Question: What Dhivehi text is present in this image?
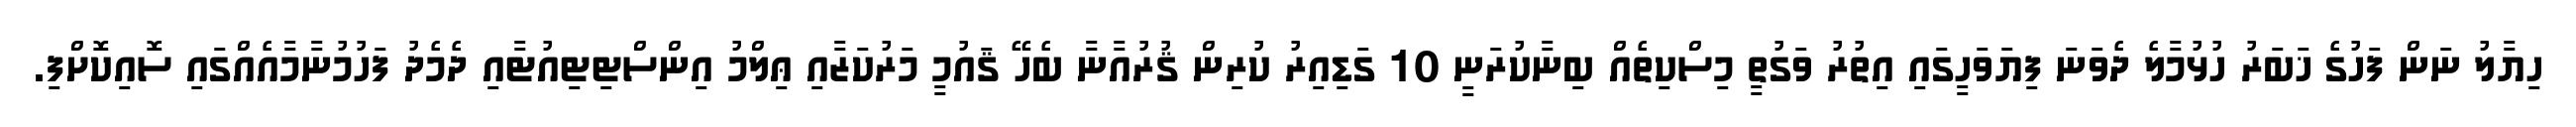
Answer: ހިޔާލު ނަން ފަހުގެ ޚަބަރު ހުޅުމާލެ ދެވަނަ ފިޔަވަހީގައި އިތުރު ވަގުތީ މިސްކިތެއް ބިނާކުރަނީ 10 ގަޑިއިރު ކުރިން ޤުރުއާނާ ބެހޭ ޤައުމީ މަރުކަޒާއި ޢިލްމު އިންސްޓިޓިއުޓާއި ދެމެދު ފަހުމުނާމާއެއްގައި ސޮއިކޮށްފި.